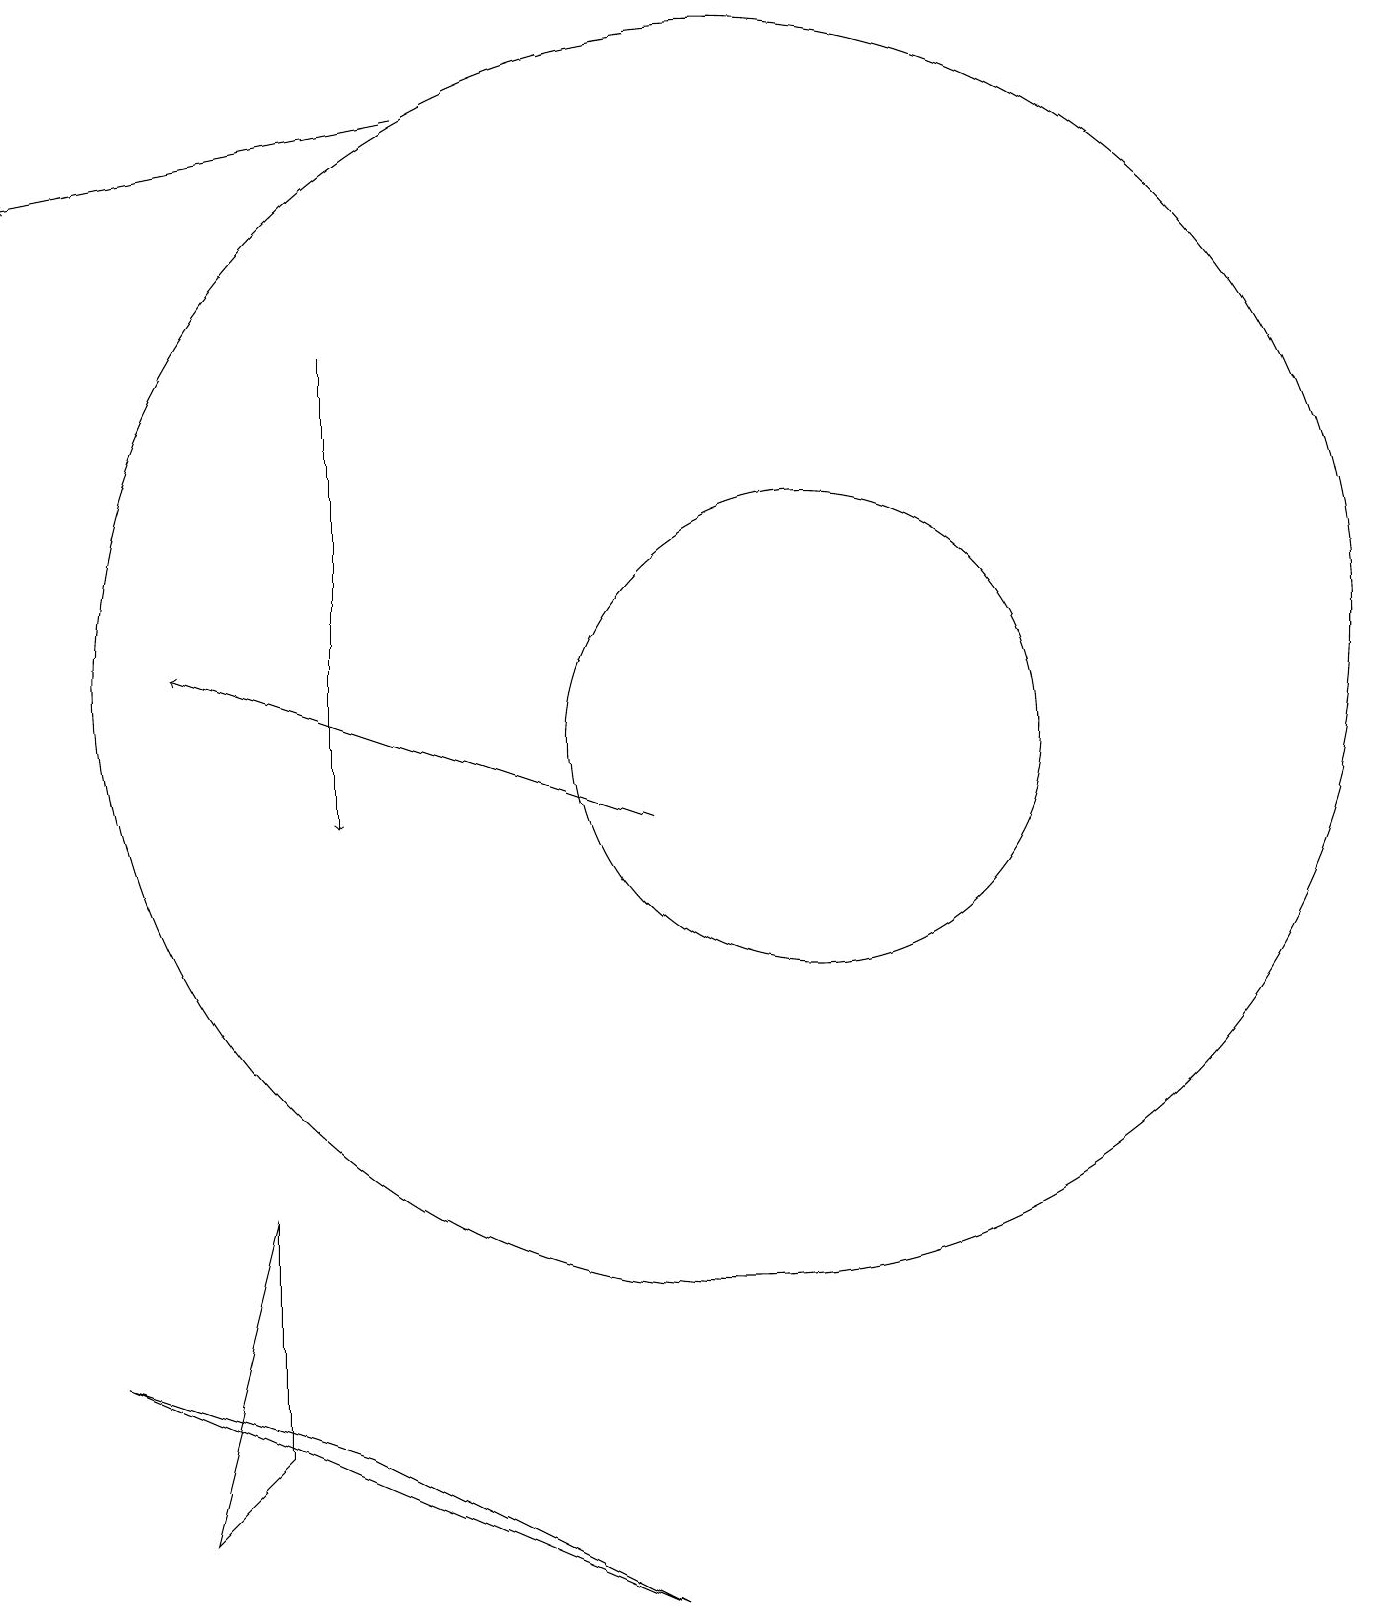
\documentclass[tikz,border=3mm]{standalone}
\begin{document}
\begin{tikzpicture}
\draw[->] (5,16) -- (5,10);
\draw (3,1) -- (4,2) -- (4,5) -- cycle;
\draw[->] (9,10) -- (3,12);
\draw (11,11) circle (3);
\draw[->] (6,19) -- (1,18);
\draw (10,12) circle (8);
\draw (11,11) circle (0);
\draw (2,3) -- (5,2) -- (9,0) -- cycle;
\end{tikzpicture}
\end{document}